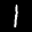
Label: 1